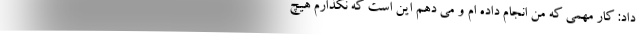
داد: کار مهمی که من انجام داده ام و می دهم این است که نگذارم هیچ